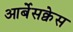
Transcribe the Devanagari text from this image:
आर्बेसक्वेस